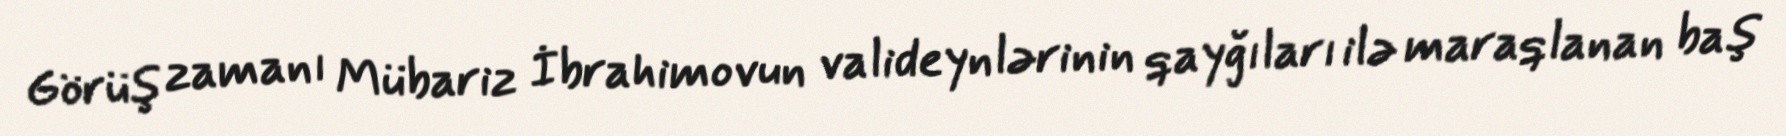
Görüş zamanı Mübariz İbrahimovun valideynlərinin qayğıları ilə maraqlanan baş